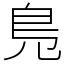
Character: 𠒎